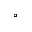
^ { \circ }